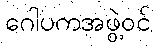
ဂေါပကအဖွဲ့ဝင်